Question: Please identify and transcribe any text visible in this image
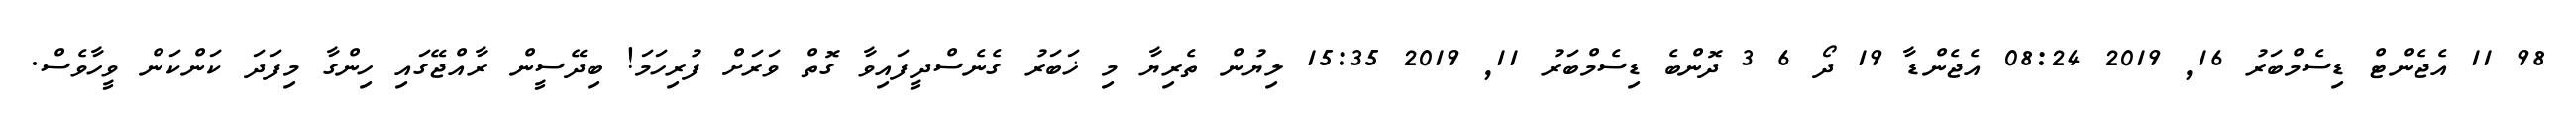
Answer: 98 11 އެޖެންޓް ޑިސެމްބަރު 16, 2019 08:24 އެޖެންޑާ 19 ދޯ 6 3 ދޮންބެ ޑިސެމްބަރު 11, 2019 15:35 ލިޔުން ތެރިޔާ މި ޚަބަރު ގެނެސްދީފައިވާ ގޮތް ވަރަށް ފުރިހަމަ! ބިދޭސީން ރާއްޖޭގައި ހިންގާ މިފަދަ ކަންކަން ވީހާވެސް.